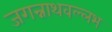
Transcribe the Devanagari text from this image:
जगन्नाथवल्लभ